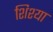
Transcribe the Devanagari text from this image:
शिश्या